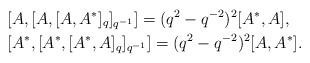
LaTeX: \begin{align*}&\lbrack A, \lbrack A, \lbrack A, A^*\rbrack_q \rbrack_{q^{-1}}\rbrack = (q^2-q^{-2})^2 \lbrack A^*, A\rbrack,\\& \lbrack A^*, \lbrack A^*, \lbrack A^*, A \rbrack_q \rbrack_{q^{-1}} \rbrack = (q^2-q^{-2})^2 \lbrack A, A^*\rbrack.\end{align*}